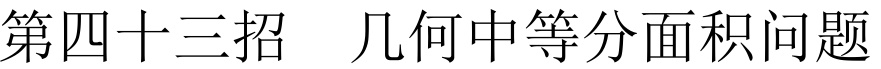
第四十三招  几何中等分面积问题